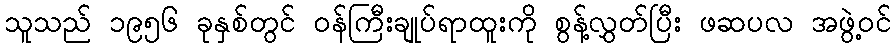
သူသည် ၁၉၅၆ ခုနှစ်တွင် ဝန်ကြီးချုပ်ရာထူးကို စွန့်လွှတ်ပြီး ဖဆပလ အဖွဲ့ဝင်